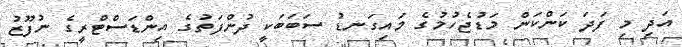
އަދި މި ފަދަ ކަންކަން މަޑުޖެހުމުގެ މައިގަނޑު ސަބަބަކީ ދުންފަތުގެ އިންޑަސްޓްރީގެ ނުފޫޒު